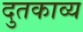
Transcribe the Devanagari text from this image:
दुतकाव्य